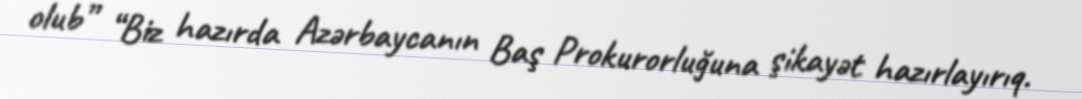
olub” “Biz hazırda Azərbaycanın Baş Prokurorluğuna şikayət hazırlayırıq.